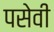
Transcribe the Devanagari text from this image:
पसेवी